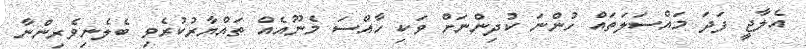
އެލާޖީ ފަދަ މައްސަލަތައް ހުންނަ ކުދިންނަށް ވަކި ހާއްސަ މެނޫއެއް ތައްޔާރުކުރެވި ބެލެނިވެރިންނާ